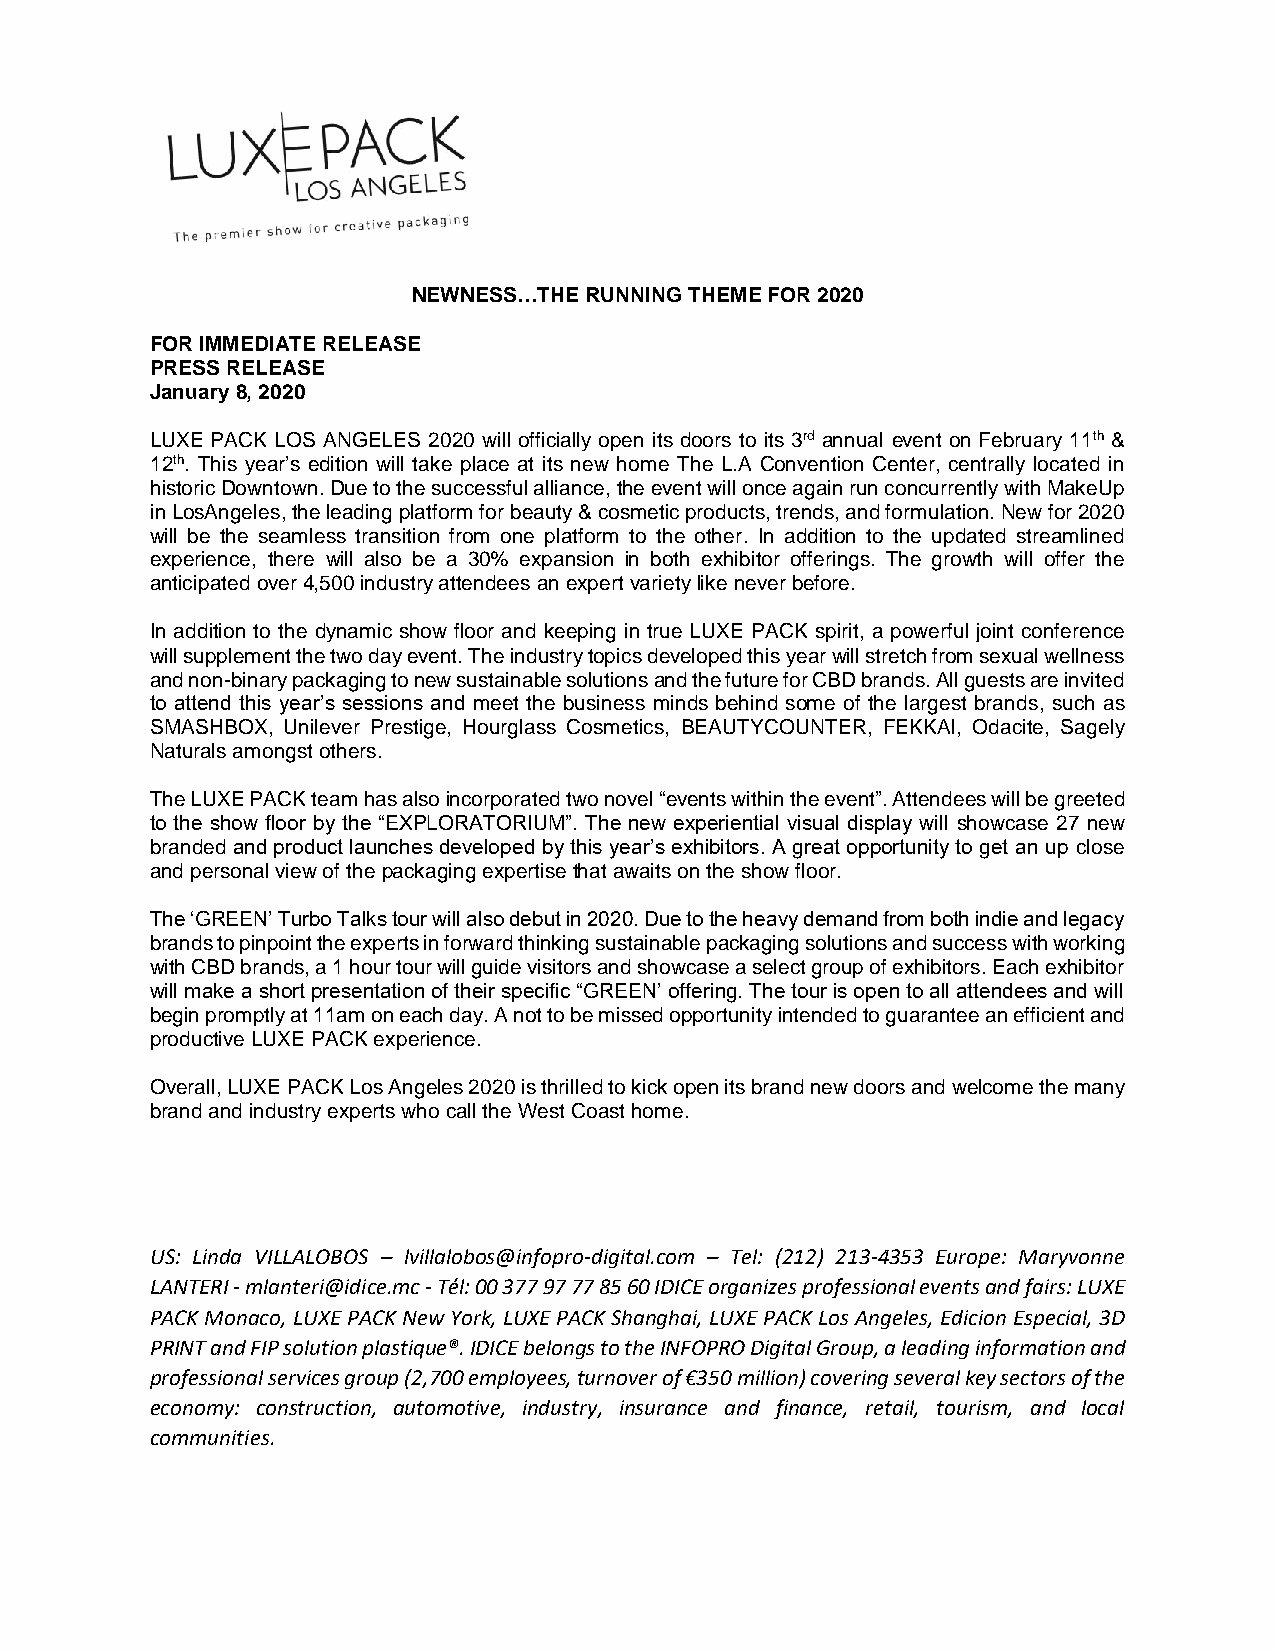
NEWNESS…THE RUNNING THEME FOR 2020
 FOR IMMEDIATE RELEASE
 PRESS RELEASE
 January 8, 2020
 LUXE PACK LOS ANGELES 2020 will officially open its doors to its 3rd annual event on February 11th &
 12th. This year’s edition will take place at its new home The L.A Convention Center, centrally located in
 historic Downtown. Due to the successful alliance, the event will once again run concurrently with MakeUp
 in LosAngeles, the leading platform for beauty & cosmetic products, trends, and formulation. New for 2020
 will be the seamless transition from one platform to the other. In addition to the updated streamlined
 experience, there will also be a 30% expansion in both exhibitor offerings. The growth will offer the
 anticipated over 4,500 industry attendees an expert variety like never before.
 In addition to the dynamic show floor and keeping in true LUXE PACK spirit, a powerful joint conference
 will supplement the two day event. The industry topics developed this year will stretch from sexual wellness
 and non-binary packaging to new sustainable solutions and the future for CBD brands. All guests are invited
 to attend this year’s sessions and meet the business minds behind some of the largest brands, such as
 SMASHBOX, Unilever Prestige, Hourglass Cosmetics, BEAUTYCOUNTER, FEKKAI, Odacite, Sagely
 Naturals amongst others.
 The LUXE PACK team has also incorporated two novel “events within the event”. Attendees will be greeted
 to the show floor by the “EXPLORATORIUM”. The new experiential visual display will showcase 27 new
 branded and product launches developed by this year’s exhibitors. A great opportunity to get an up close
 and personal view of the packaging expertise that awaits on the show floor.
 The ‘GREEN’ Turbo Talks tour will also debut in 2020. Due to the heavy demand from both indie and legacy
 brands to pinpoint the experts in forward thinking sustainable packaging solutions and success with working
 with CBD brands, a 1 hour tour will guide visitors and showcase a select group of exhibitors. Each exhibitor
 will make a short presentation of their specific “GREEN’ offering. The tour is open to all attendees and will
 begin promptly at 11am on each day. A not to be missed opportunity intended to guarantee an efficient and
 productive LUXE PACK experience.
 Overall, LUXE PACK Los Angeles 2020 is thrilled to kick open its brand new doors and welcome the many
 brand and industry experts who call the West Coast home.
 US: Linda VILLALOBOS – lvillalobos@infopro-digital.com – Tel: (212) 213-4353 Europe: Maryvonne
 LANTERI - mlanteri@idice.mc - Tél: 00 377 97 77 85 60 IDICE organizes professional events and fairs: LUXE
 PACK Monaco, LUXE PACK New York, LUXE PACK Shanghai, LUXE PACK Los Angeles, Edicion Especial, 3D
 PRINT and FIP solution plastique®. IDICE belongs to the INFOPRO Digital Group, a leading information and
 professional services group (2,700 employees, turnover of €350 million) covering several key sectors of the
 economy: construction, automotive, industry, insurance and finance, retail, tourism, and local
 communities.